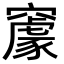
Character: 䆽